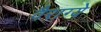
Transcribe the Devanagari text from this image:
वैराग्ये